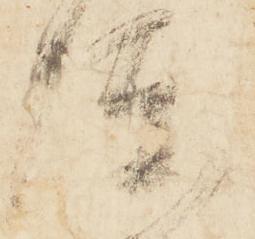
陣